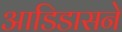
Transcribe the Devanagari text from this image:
आडिडासने